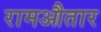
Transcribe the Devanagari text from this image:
रामऔतार